Leaving Certificate Examination (including Day School Certificate (Higher) General paper), 1936
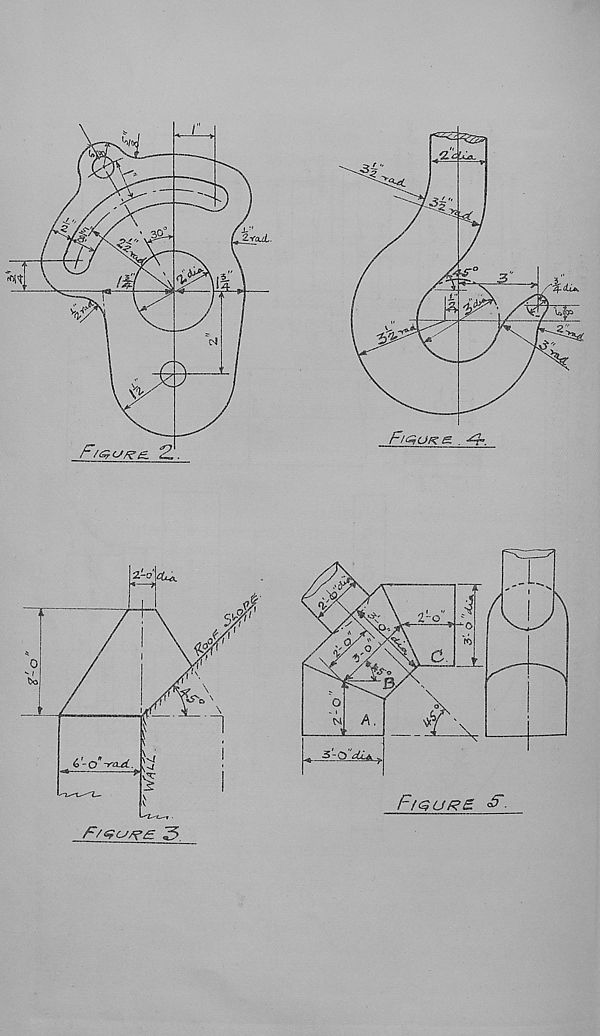
F/efu/^e 3
F/gurz F.